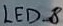
Text: LED_8